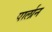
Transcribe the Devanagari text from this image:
पार्लान